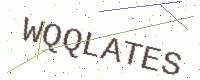
Text: WQQLATES